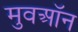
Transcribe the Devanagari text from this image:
मुवऑन